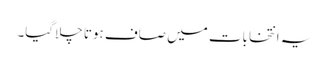
یہ انتخابات میں صاف ہوتا چلاگیا۔